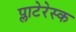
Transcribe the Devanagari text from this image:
प्लाटेरेस्क